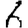
Digit: 6